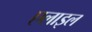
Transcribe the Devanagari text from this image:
एलाइल